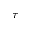
\tau